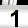
Digit: 1